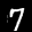
Label: 7